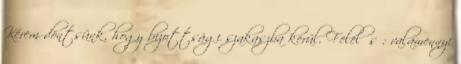
Kérem döntsünk, hogy bizottsági szakaszba kerül. Felelős : valamennyi